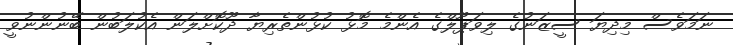
ނަމަވެސް މިދިޔަ ސީޒަނުގެ ލިވަޕޫލްގެ އެންމެ މޮޅު ކުޅުންތެރިޔާ ދޫކޮށްލަން އެކުލަބުން ބޭނުންނުވީ